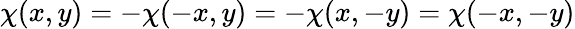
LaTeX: \chi(x,y)=-\chi(-x,y)=-\chi(x,-y)=\chi(-x,-y)